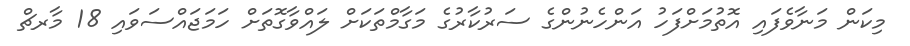
މިކަން މަނާވެފައި އޮތުމަށްފަހު އަންހެނުންގެ ސަރުކާރުގެ މަގާމްތަކަށް ލައްވާގޮތަށް ހަމަޖައްސަވައި 18 މާރޗް